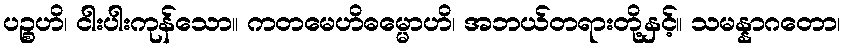
ပဉ္စဟိ၊ ငါးပါးကုန်သော။ ကတမေဟိဓမ္မောဟိ၊ အဘယ်တရားတို့နှင့်။ သမန္နာဂတော၊